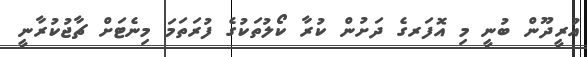
އުރީދޫން ބުނީ މި އޮފަރގެ ދަށުން ކުރާ ކޯލުތަކުގެ ފުރަތަމަ މިނެޓަށް ޗާޖުކުރާނީ